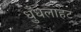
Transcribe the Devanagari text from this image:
धुँधलाहट